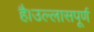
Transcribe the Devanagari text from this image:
है।उल्लासपूर्ण